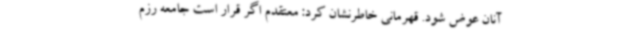
آنان عوض شود. قهرمانی خاطرنشان کرد: معتقدم اگر قرار است جامعه رزم